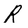
Character: R